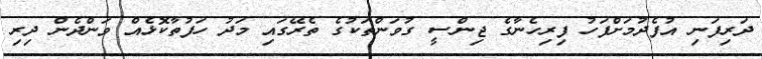
ދަރިފަނި އުފެދުމަށްފަހު ފިރިހެނާގެ ޖިންސީ ގުވަންތަކުގެ ތެރޭގައި މަދު ހަފުތާކޮޅެއް ވަންދެން ދިރި